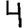
Digit: 4